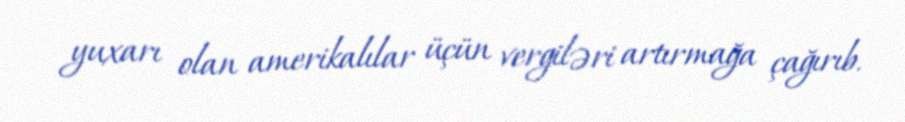
yuxarı olan amerikalılar üçün vergiləri artırmağa çağırıb.